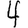
Digit: 4